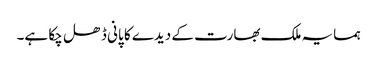
ہمسایہ ملک بھارت کے دیدے کا پانی ڈھل چکا ہے۔